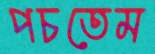
পচতেম